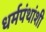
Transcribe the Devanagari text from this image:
धर्मपंथांशी